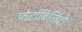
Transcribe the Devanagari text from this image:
पोर्टाबिलिटी